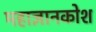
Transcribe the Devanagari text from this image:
महाज्ञानकोश